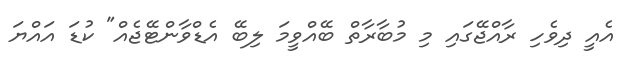
އެއީ ދިވެހި ރާއްޖޭގައި މި މުބާރާތް ބޭއްވީމަ ލިބޭ އެޑްވާންޓޭޖެއް" ކުޑަ އައްޔަ